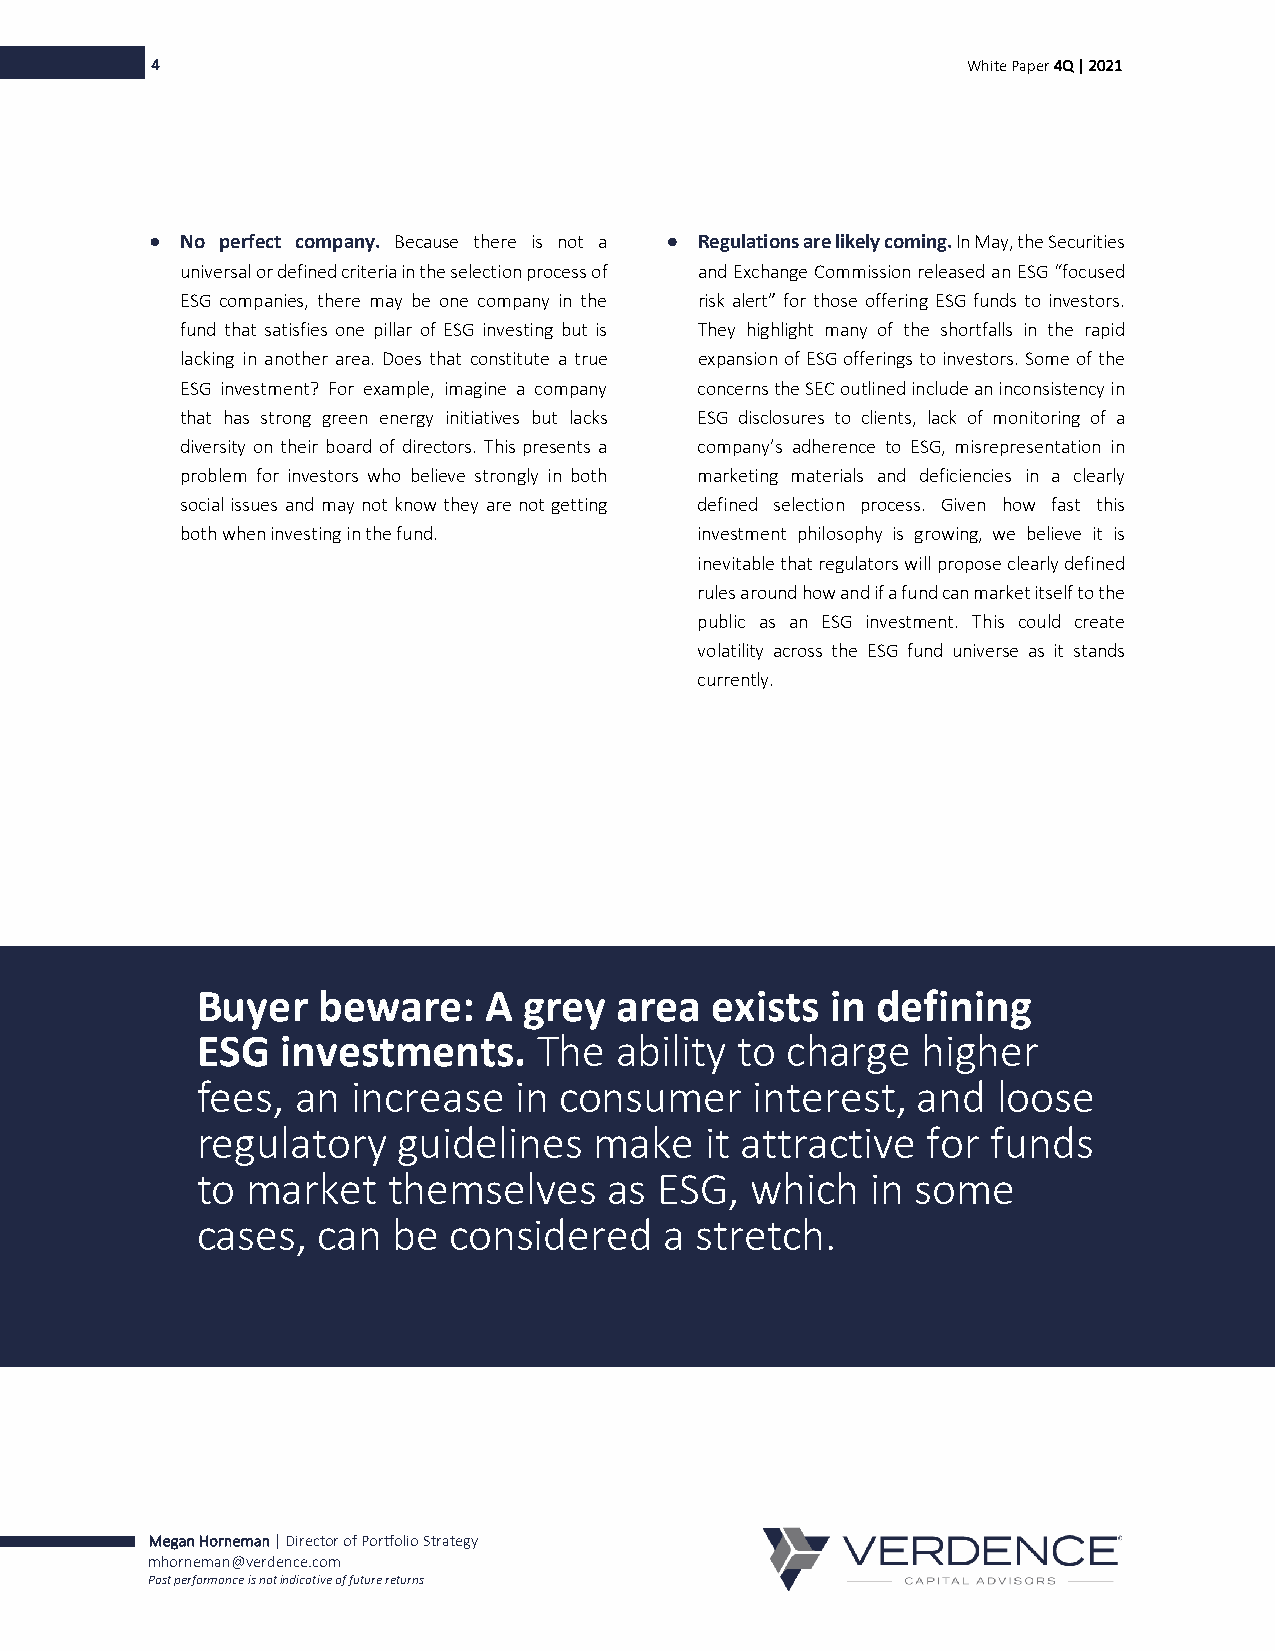
4                                                     White Paper 4Q | 2021
 • No perfect company. Because there is not a • Regulations are likely coming. In May, the Securities
 universal or defined criteria in the selection process of and Exchange Commission released an ESG “focused
 ESG companies, there may be one company in the risk alert” for those offering ESG funds to investors.
 fund that satisfies one pillar of ESG investing but is They highlight many of the shortfalls in the rapid
 lacking in another area. Does that constitute a true expansion of ESG offerings to investors. Some of the
 ESG investment? For example, imagine a company concerns the SEC outlined include an inconsistency in
 that has strong green energy initiatives but lacks ESG disclosures to clients, lack of monitoring of a
 diversity on their board of directors. This presents a company’s adherence to ESG, misrepresentation in
 problem for investors who believe strongly in both marketing materials and deficiencies in a clearly
 social issues and may not know they are not getting defined selection process. Given how fast this
 both when investing in the fund.  investment philosophy is growing, we believe it is
 inevitable that regulators will propose clearly defined
 rules around how and if a fund can market itself to the
 public as an ESG investment. This could create
 volatility across the ESG fund universe as it stands
 currently.
 Buyer   beware:    A  grey  area  exists  in defining
 ESG   investments.     The  ability to charge   higher
 fees,  an increase   in consumer     interest,  and  loose
 regulatory   guidelines   make    it attractive for  funds
 to market    themselves    as ESG,   which   in some
 cases,  can  be  considered    a stretch.
 Megan Horneman | Director of Portfolio Strategy
 mhorneman@verdence.com
 Past performance is not indicative of future returns